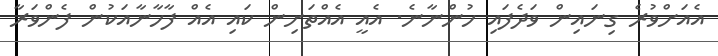
އެއަށްވުރެ ގިނައިން ވަދެފައި ހުންނާނެ. އެއީ އެއްތަށިން ކައި އެއް ފާހާނާއަކުން ފެންވަރާ